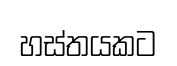
හස්තයකට